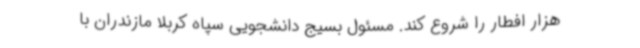
هزار افطار را شروع کند. مسئول بسیج دانشجویی سپاه کربلا مازندران با